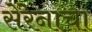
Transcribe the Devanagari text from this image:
सेरेनाचा